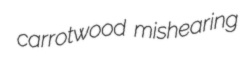
carrotwood mishearing